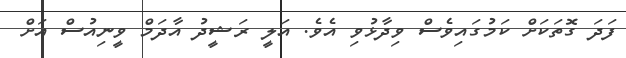
ފަދަ ގޮތަކަށް ކަމުގައިވެސް ވިދާޅުވި އެވެ. އަލީ ރަޝީދު އާދަމް ވީނިއުސް އަށް